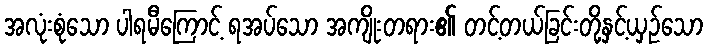
အလုံးစုံသော ပါရမီကြောင့် ရအပ်သော အကျိုးတရား၏ တင့်တယ်ခြင်းတို့နှင့်ယှဉ်သော